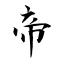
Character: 帝